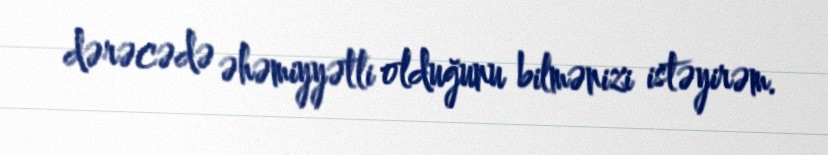
dərəcədə əhəmiyyətli olduğunu bilmənizi istəyirəm.